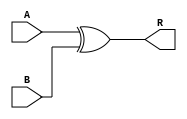
`timescale 1ns / 1ps
//////////////////////////////////////////////////////////////////////////////////
// Company: 
// Engineer: 
// 
// Design Name: 
// Module Name: my_xor
// Project Name: 
// Target Devices: 
// Tool Versions: 
// Description: 
// 
// Dependencies: 
// 
// Revision:
// Revision 0.01 - File Created
// Additional Comments:
// 
//////////////////////////////////////////////////////////////////////////////////


module my_xor(
    input A,
    input B,
    output R
    );
assign R=A^B;
endmodule